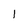
Character: 1